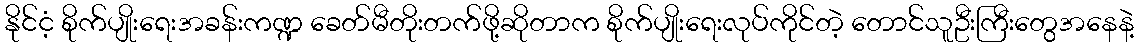
နိုင်ငံ့ စိုက်ပျိုးရေးအခန်းကဏ္ဍ ခေတ်မီတိုးတက်ဖို့ဆိုတာက စိုက်ပျိုးရေးလုပ်ကိုင်တဲ့ တောင်သူဦးကြီးတွေအနေနဲ့